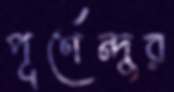
পূর্ণেন্দুর